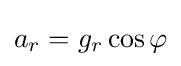
a_{r}=g_{r}\cos \varphi